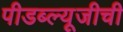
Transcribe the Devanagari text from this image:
पीडब्ल्यूजीची